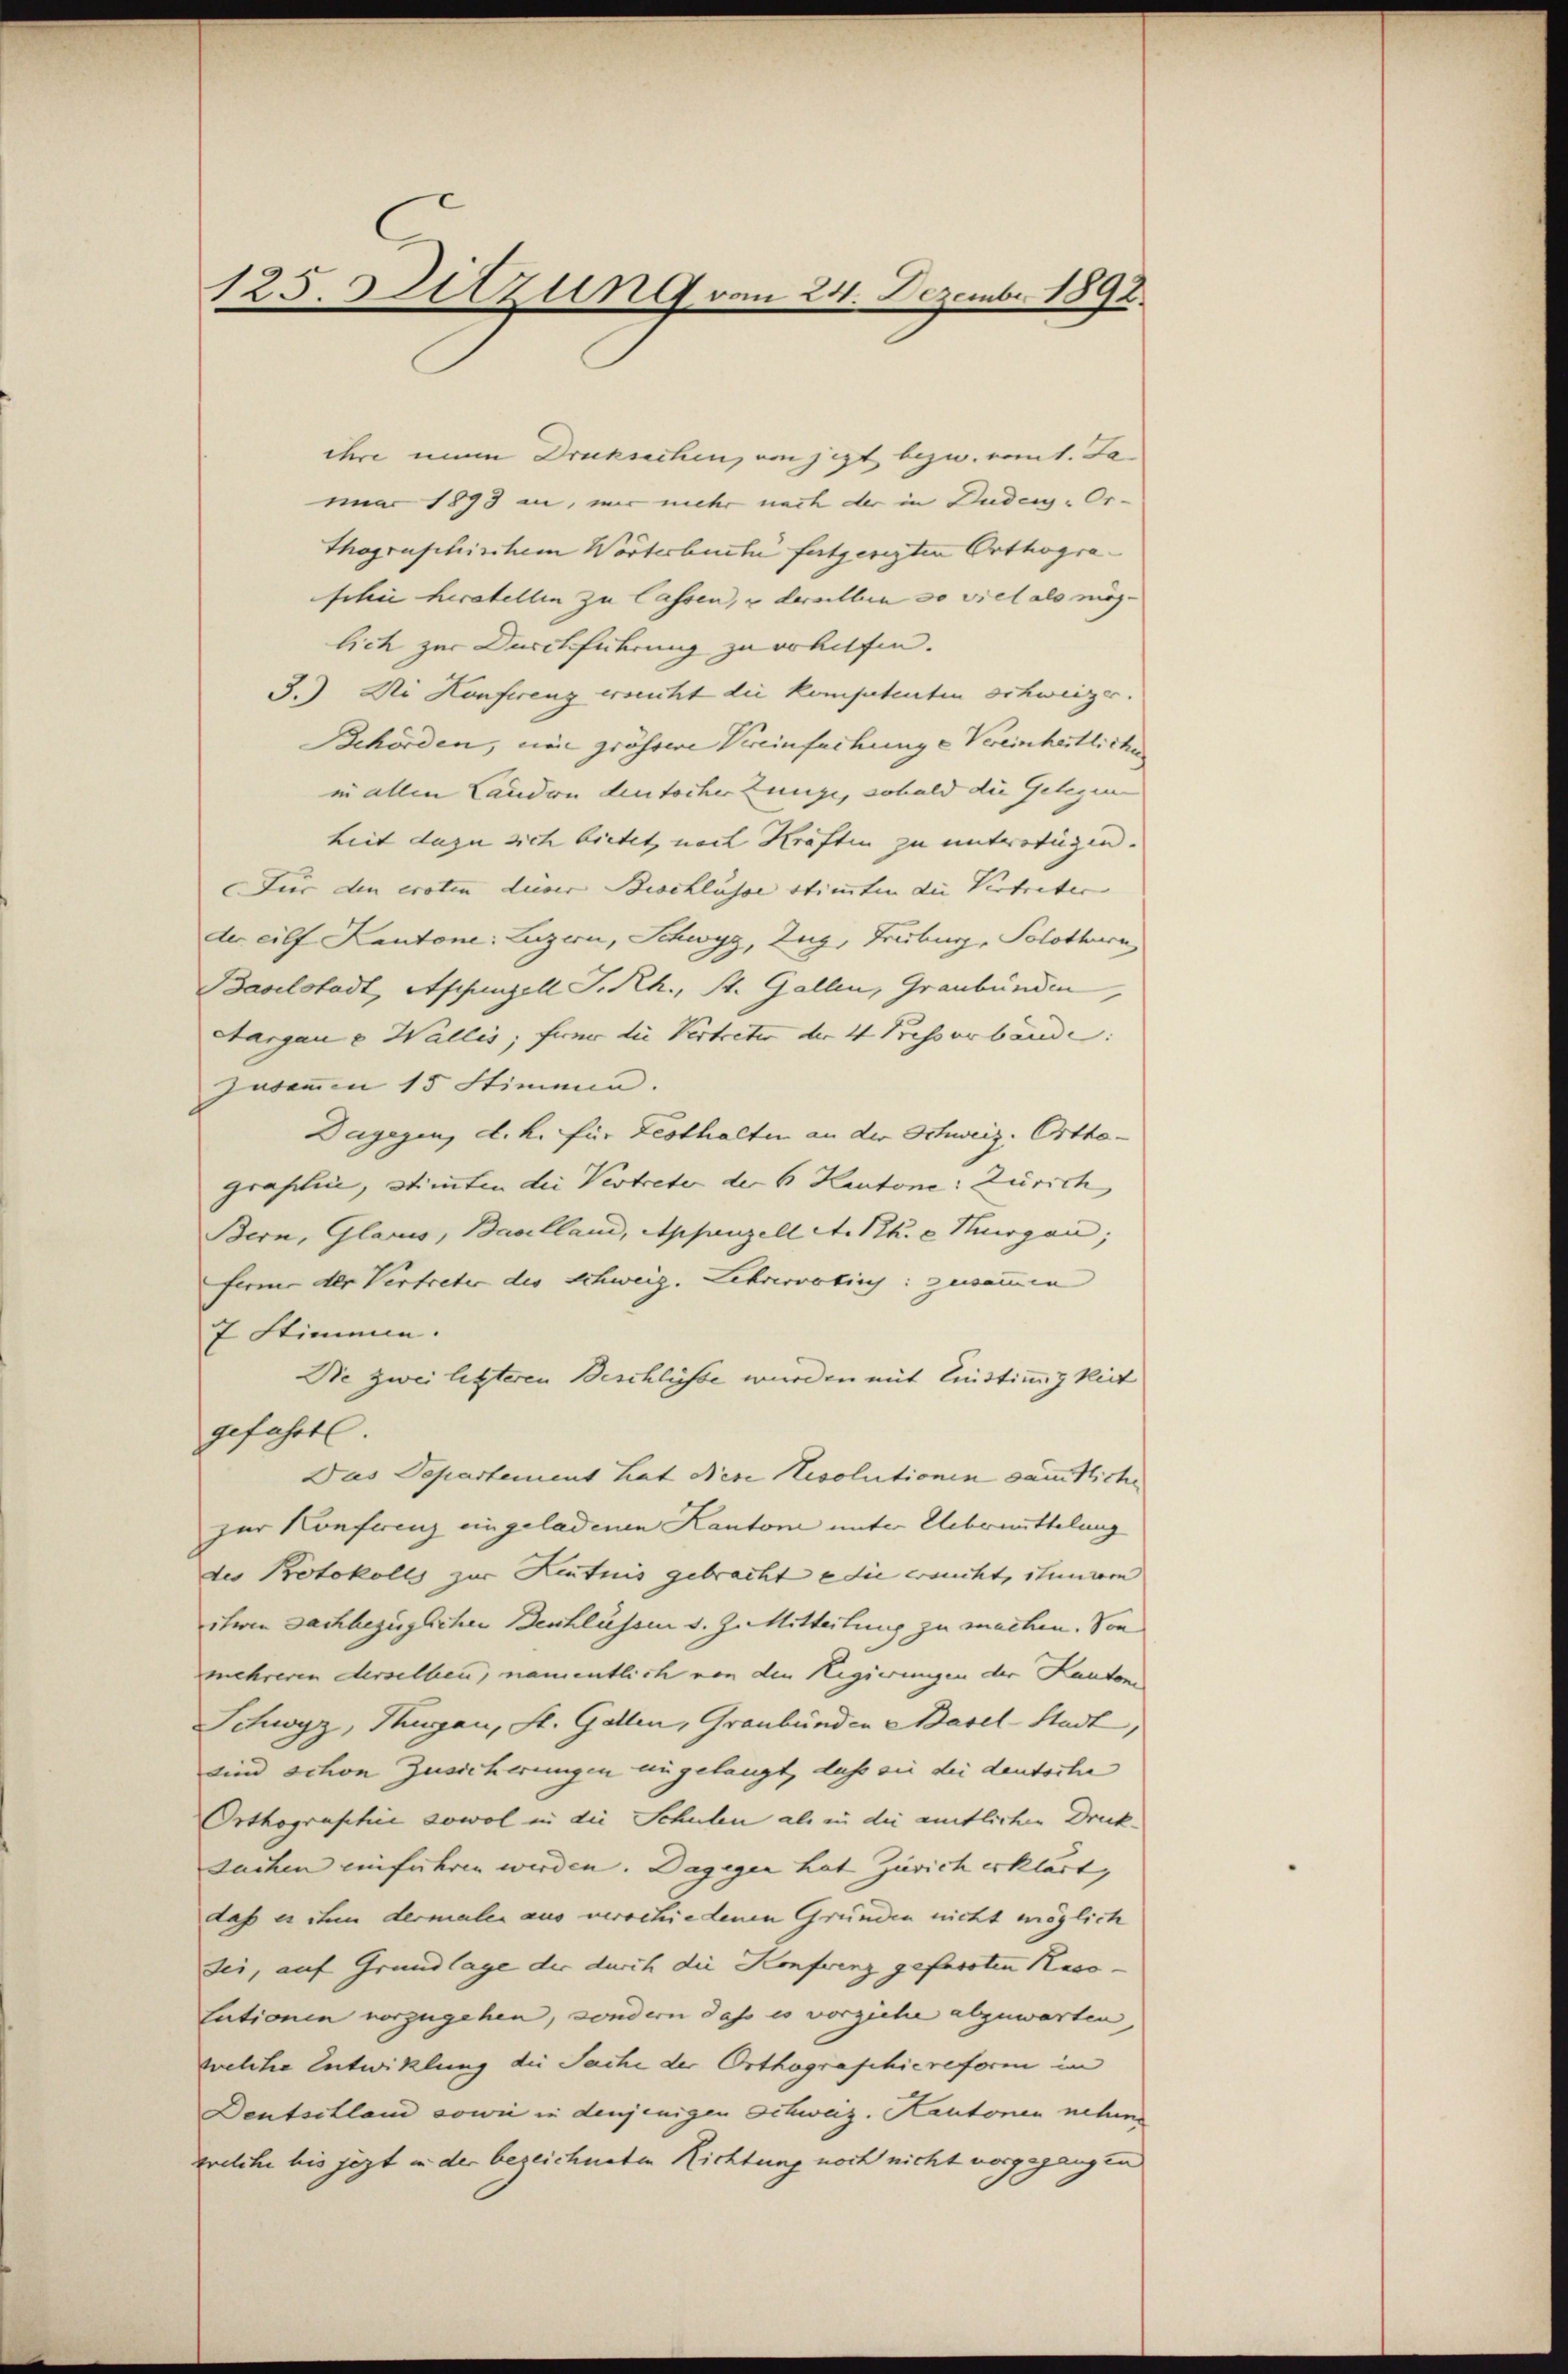
125. Sitzung vom 24. Dezember 1892.

ihre mein Drucksachen, von jezt bezw. kommt. Jamar 1893 an, mir mehr nach der in Duden-Or-
thographischem Wörterbuche fortgeregten Orthograschie herstellen zu lassen, u derselben so viel als mög-
lich zur Durchführung zu erhilfen.
3.) Die Hanfereng ersucht die kompetenten schweizer.
Behörden, nur grössere Vereinfachunge Vereinheitliche
in allen Laudon deutscher Zunge, sobald die Gelegen
heit dazu sich bietet, nach Kräften zu unterfügen.
Für den eroten durer Beschlüsse stimmten die Vertreter
der eilf Kantone: Luzern, Schwyz, Zug, Fribourg, Solothurn
Baselstadt, Appenzell P. Rh., St. Gallen, Graubünden
Aargau v. Wallis, ferne die Vertreter der 4 Presserbande
zukommen 15 Stimmen. |
Dagegen, d. h. für Festhalten an der Schweiz. Orthagraslin, Stimmten die Vertreter der 6 Kantone: Zürich
Bern, Glarus, Baselland, Appenzell A. Rh. c Huogau;
ferme der Vertreter des Schweig. Lehrervatin: genommen
7 Stimmen.
Die zwei letzteren Beschlüsse wurden mit leistimigkeit
gefahrt
Das Separtement hat Nese Resolutionen sämtliche
zur Konferenz eingeladenen Kantone unter Uebermittelung
des Protokolls zur Kentnis gebracht e die ersucht, stunior
itwen Dachbezüglichen Beschlüssen s. Z. Mitteilung zu machen. Von
mehreren derselben, namentlich von den Regierungen der Kanton
Schwyz, Thurgau, St. Gallen, Graubünden Basel-Stadt,
sind schon Zusicherungen eingelangt, daß sie der deutsche
Orthographie sowol in die Schulen als in die amtlichen Druck
Sachen einführen werden. Dagegen hat Zürich erklärt,
dass es ihm dermalen aus verschiedenen Gründen nicht möglich
sei, auf Grundlage der durch die Konferenz gefassten Resotationen vorzugehen, sondern das es vorziehe abzuwarten
welcher Entwicklung die Sache der Orthographiereform in
Deutschland sowie in denjenigen Schweiz. Kantonen neben
welche bis jezt in der bezeichneten Richtung noch nicht vorgegangen